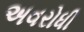
અવરોધી